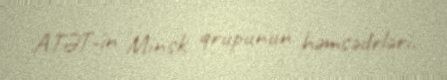
ATƏT-in Minsk qrupunun həmsədrləri.